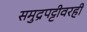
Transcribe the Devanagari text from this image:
समुद्रपट्टीवरही